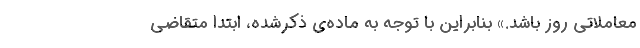
معاملاتی روز باشد.» بنابراین با توجه به ماده‌ی ذکرشده، ابتدا متقاضی